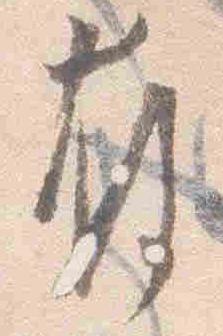
存